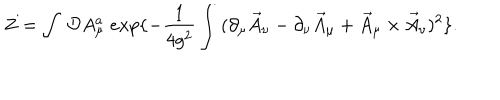
Z = \int \: { \cal D } A _ { \mu } ^ { a } \; e x p \{ - \frac { 1 } { 4 g ^ { 2 } } \int \: ( \partial _ { \mu } \vec { A } _ { \nu } - \partial _ { \nu } \vec { A } _ { \mu } + \vec { A } _ { \mu } \times \vec { A } _ { \nu } ) ^ { 2 } \} .